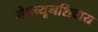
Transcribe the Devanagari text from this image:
नेपच्यूनशिवाय